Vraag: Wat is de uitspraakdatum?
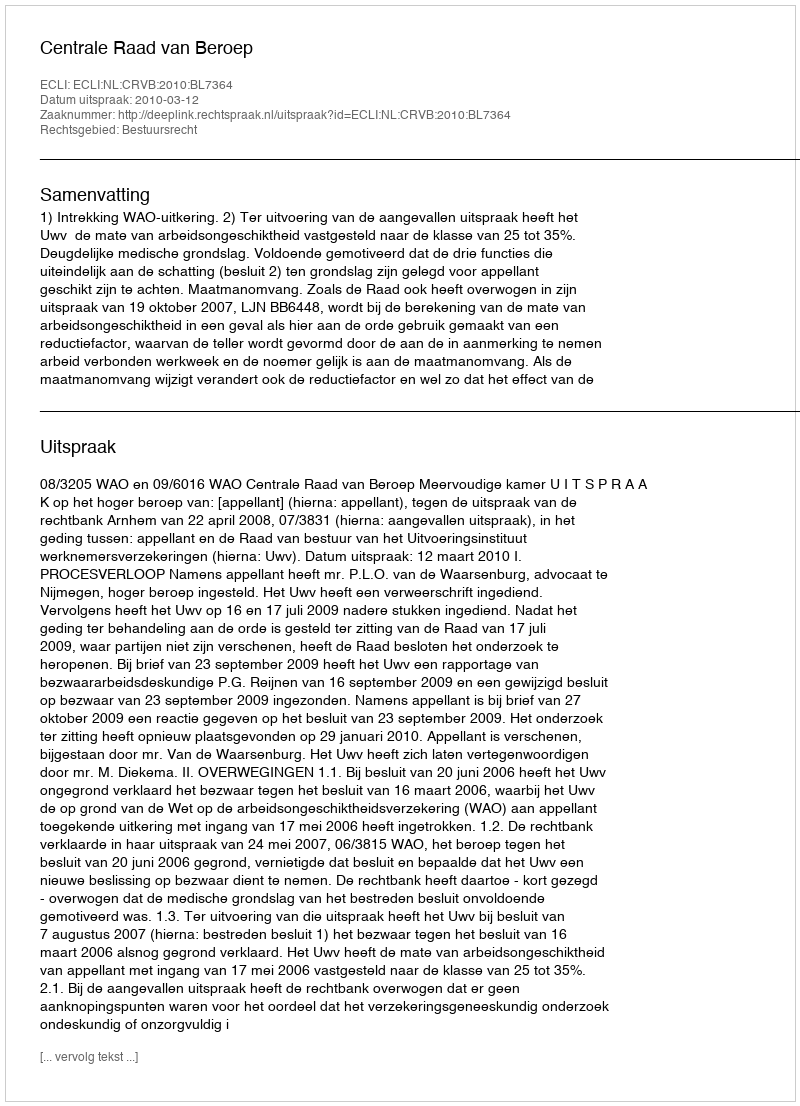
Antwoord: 2010-03-12